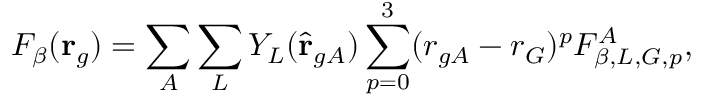
F _ { \beta } ( \mathbf { r } _ { g } ) = \sum _ { A } \sum _ { L } Y _ { L } ( \hat { \mathbf { r } } _ { g A } ) \sum _ { p = 0 } ^ { 3 } ( r _ { g A } - r _ { G } ) ^ { p } F _ { \beta , L , G , p } ^ { A } ,